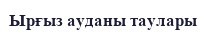
Ырғыз ауданы таулары